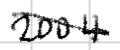
Text: 2004.
Cross-out: diagonal
Writing tool: digital_black